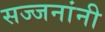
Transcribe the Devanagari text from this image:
सज्जनांनी